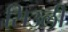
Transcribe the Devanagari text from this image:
सिउली